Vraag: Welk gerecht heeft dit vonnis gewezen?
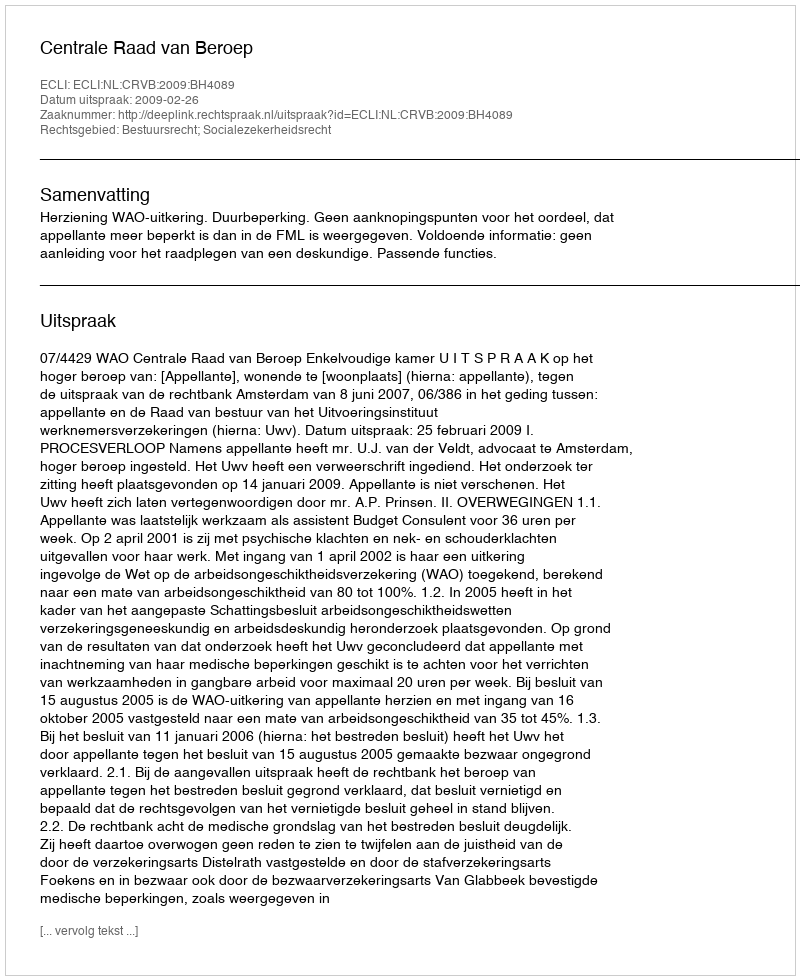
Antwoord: Centrale Raad van Beroep